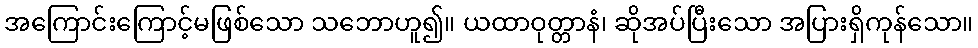
အကြောင်းကြောင့်မဖြစ်သော သဘောဟူ၍။ ယထာဝုတ္တာနံ၊ ဆိုအပ်ပြီးသော အပြားရှိကုန်သော။